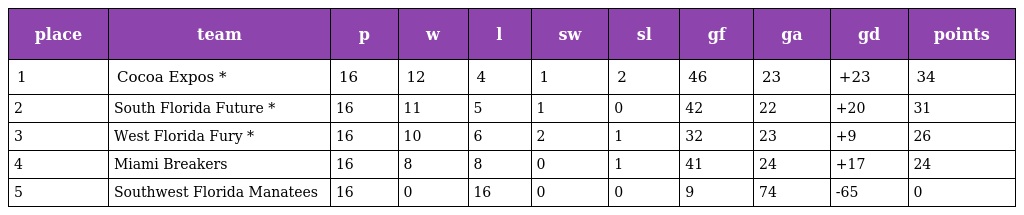
| place | team | p | w | l | sw | sl | gf | ga | gd | points |
 | --- | --- | --- | --- | --- | --- | --- | --- | --- | --- | --- |
 | 1 | Cocoa Expos * | 16 | 12 | 4 | 1 | 2 | 46 | 23 | +23 | 34 |
 | 2 | South Florida Future * | 16 | 11 | 5 | 1 | 0 | 42 | 22 | +20 | 31 |
 | 3 | West Florida Fury * | 16 | 10 | 6 | 2 | 1 | 32 | 23 | +9 | 26 |
 | 4 | Miami Breakers | 16 | 8 | 8 | 0 | 1 | 41 | 24 | +17 | 24 |
 | 5 | Southwest Florida Manatees | 16 | 0 | 16 | 0 | 0 | 9 | 74 | -65 | 0 |